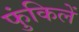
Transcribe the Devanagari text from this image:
फुंकिलें